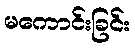
မကောင်းခြင်း